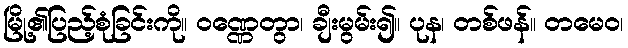
မြို့၏ပြည့်စုံခြင်းကို။ ဝဏ္ဏေတွာ၊ ချီးမွမ်း၍။ ပုန၊ တစ်ဖန်။ တမေဝ၊